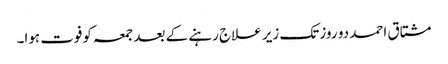
مشتاق احمد دو روز تک زیر علاج رہنے کے بعد جمعہ کوفوت ہوا۔